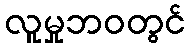
လူမှုဘဝတွင်